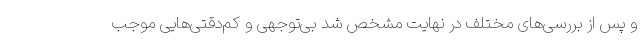
و پس از بررسی‌های مختلف در نهایت مشخص شد بی‌توجهی و کم‌دقتی‌هایی موجب